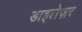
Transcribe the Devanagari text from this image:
डाइलेज़र